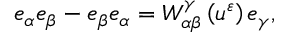
e _ { \alpha } e _ { \beta } - e _ { \beta } e _ { \alpha } = W _ { \alpha \beta } ^ { \gamma } \left( u ^ { \varepsilon } \right) e _ { \gamma } ,